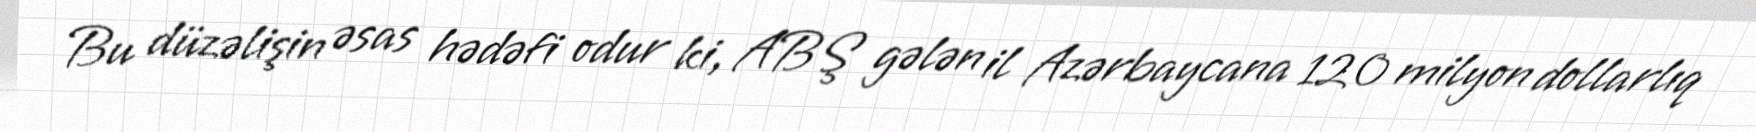
Bu düzəlişin əsas hədəfi odur ki, ABŞ gələn il Azərbaycana 120 milyon dollarlıq